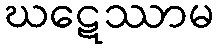
ဃဋေဿာမ